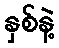
နှစ်နဲ့